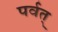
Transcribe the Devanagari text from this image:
पर्वत्